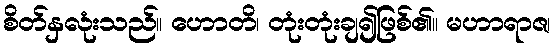
စိတ်နှလုံးသည်။ ဟောတိ၊ တုံးတုံးချ၍ဖြစ်၏။ မဟာရာဇ၊